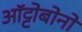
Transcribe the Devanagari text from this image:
ऑट्टोबोनो